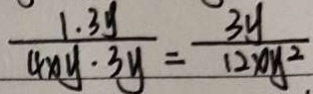
\frac { 1 \cdot 3 y } { 4 x y \cdot 3 y } = \frac { 3 y } { 1 2 x y ^ { 2 } }